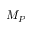
M _ { P }